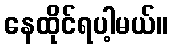
နေထိုင်ရပါ့မယ်။